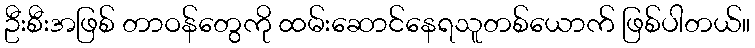
ဦးစီးအဖြစ် တာဝန်တွေကို ထမ်းဆောင်နေရသူတစ်ယောက် ဖြစ်ပါတယ်။